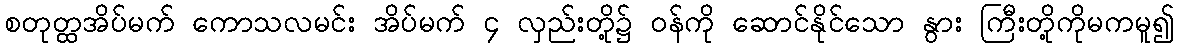
စတုတ္ထအိပ်မက် ကောသလမင်း အိပ်မက် ၄ လှည်းတို့၌ ဝန်ကို ဆောင်နိုင်သော နွား ကြီးတို့ကိုမကမူ၍